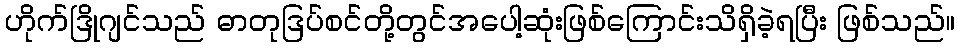
ဟိုက်ဒြိုဂျင်သည် ဓာတုဒြပ်စင်တို့တွင်အပေါ့ဆုံးဖြစ်ကြောင်းသိရှိခဲ့ရပြီး ဖြစ်သည်။